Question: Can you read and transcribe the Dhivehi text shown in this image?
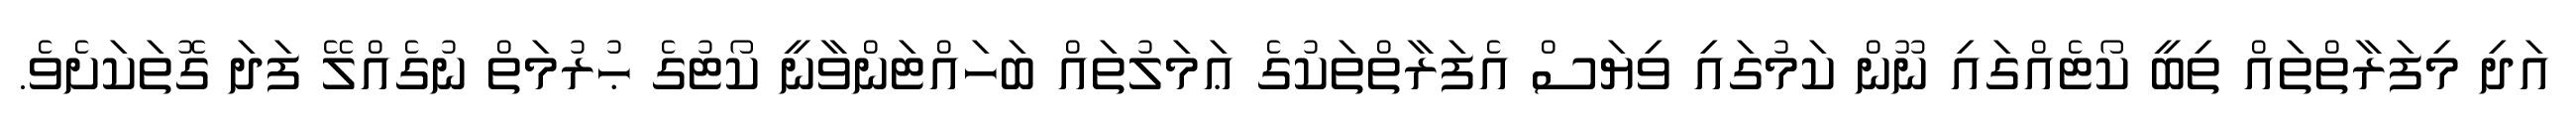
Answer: އަދި މިފަރާތްތައް ތިބީ ކޯޓެއްގައި ނޫން ކަމުގައި ވިޔަސް އެފަރާތްތަކުގެ ޢަމަލުތައް ބަހައްޓަންވާނީ ކޯޓުގެ ޙުރުމަތް ނުގެއްލޭ ފަދަ ގޮތަކަށެވެ.